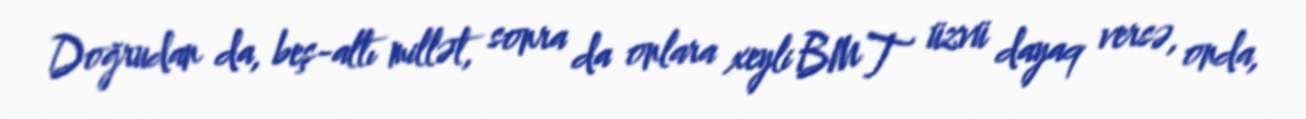
Doğrudan da, beş-altı millət, sonra da onlara xeyli BMT üzvü dayaq versə, onda,